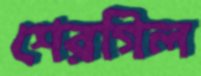
শেরগিল